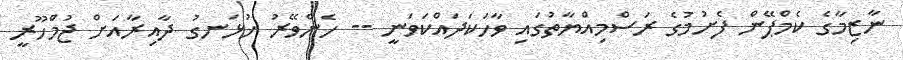
ނާޒިމާގެ ކެމްޕޭން ފެށުމުގެ ރަސްމިއްޔާތުގައި ވާހަކަދައްކަވަނީ -- ހެންވޭރު ހުޅަނގު ދާއިރާއަށް ޖުމްހޫރީ